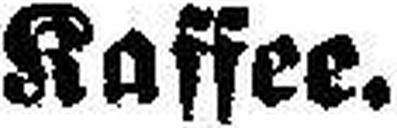
Kaffee.